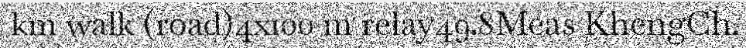
km walk (road)4x100 m relay49.8Meas KhengCh.